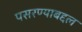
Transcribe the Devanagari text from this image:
पसरण्याबद्दल